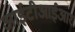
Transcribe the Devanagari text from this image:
आईटीआईआर